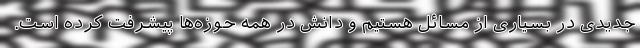
جدیدی در بسیاری از مسائل هستیم و دانش در همه حوزه‌ها پیشرفت کرده است.